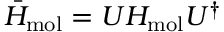
{ \bar { H } } _ { \mathrm { m o l } } = U H _ { \mathrm { m o l } } U ^ { \dagger }